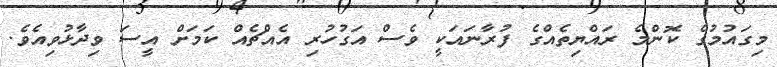
މިގައުމުގެ ކޮންމެ ރައްޔިތެއްގެ ފުރާނައަކީ ވެސް އަގުހުރި އެއްޗެއް ކަމަށް އީސަ ވިދާޅުވިއެވެ.